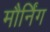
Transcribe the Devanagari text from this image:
मौर्निंग